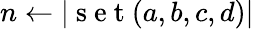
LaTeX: n\gets|\mathrm{~s~e~t~}(a,b,c,d)|